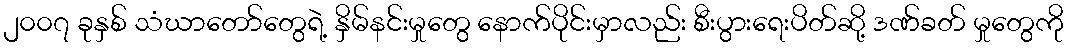
၂၀၀၇ ခုနှစ် သံဃာတော်တွေရဲ့ နှိမ်နင်းမှုတွေ နောက်ပိုင်းမှာလည်း စီးပွားရေးပိတ်ဆို့ ဒဏ်ခတ် မှုတွေကို